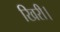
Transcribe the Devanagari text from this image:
खिरी।